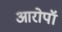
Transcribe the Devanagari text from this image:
आरोपॉ